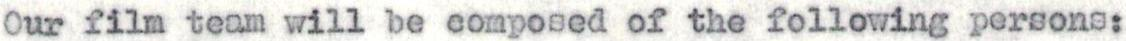
Our film team will be composed of the following persons: